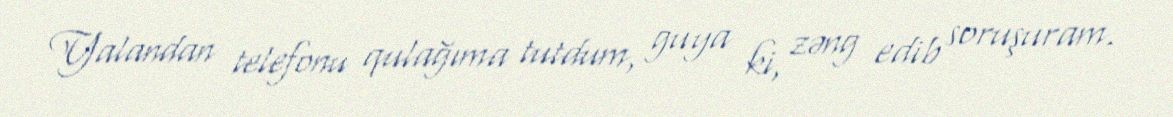
Yalandan telefonu qulağıma tutdum, guya ki, zəng edib soruşuram.